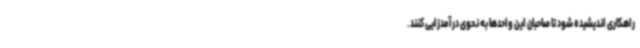
راهکاری اندیشیده شود تا صاحبان این واحدها به نحوی درآمدزایی کنند.